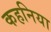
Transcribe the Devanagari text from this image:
कहनिया